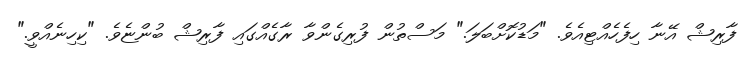
ފާރިޝް އޭނާ ހިފެހެއްޓިއެވެ. "މަޑުކޮށްބަލަ." މަސްތުން ފުރިގެންވާ ރާގެއްގައި ފާރިޝް ބުންޏެވެ. "ކިހިނެއްވީ."